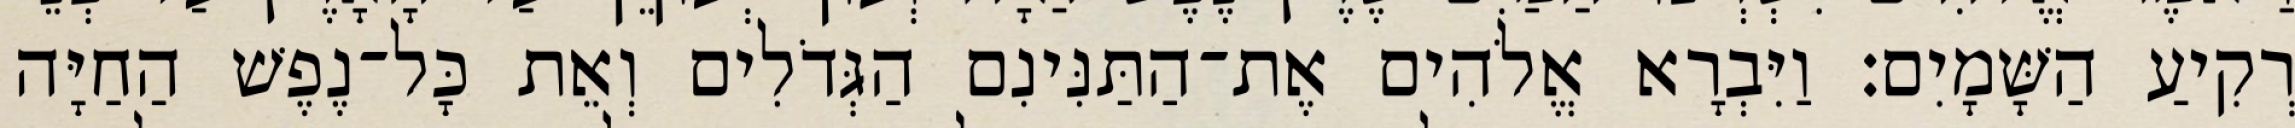
רְקִיעַ הַשָּׁמָיִם׃ וַיִּבְרָא אֱלֹהִים אֶת־הַתַּנִּינִם הַגְּדֹלִים וְאֵת כָּל־נֶפֶשׁ הַחַיָּה